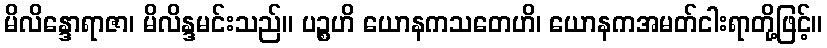
မိလိန္ဒောရာဇာ၊ မိလိန္ဒမင်းသည်။ ပဉ္စဟိ ယောနကသတေဟိ၊ ယောနကအမတ်ငါးရာတို့ဖြင့်။